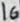
Text: 16